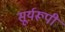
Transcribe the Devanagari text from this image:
सूर्यरूपी